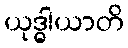
ယုဒ္ဓါယာတိ